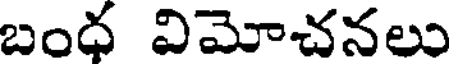
బంధ విమోచనలు